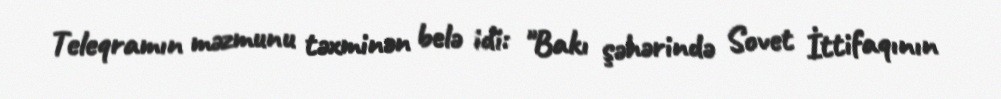
Teleqramın məzmunu təxminən belə idi: "Bakı şəhərində Sovet İttifaqının